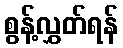
စွန့်လွှတ်ရန်